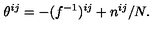
\theta ^ { i j } = - ( f ^ { - 1 } ) ^ { i j } + n ^ { i j } / N .